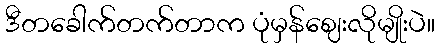
ဒီတခေါက်တက်တာက ပုံမှန်ဈေးလိုမျိုးပဲ။